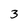
Character: 3